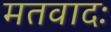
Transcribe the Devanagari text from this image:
मतवादः